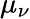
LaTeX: \mu_{\nu}